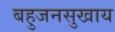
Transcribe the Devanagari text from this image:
बहुजनसुखाय